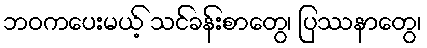
ဘဝကပေးမယ့် သင်ခန်းစာတွေ၊ ပြဿနာတွေ၊